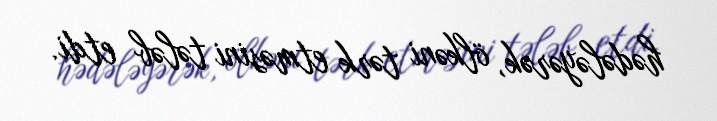
hədələyərək, ölkəni tərk etməsini tələb etdi.